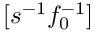
[ s ^ { - 1 } f _ { 0 } ^ { - 1 } ]